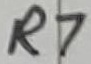
Text: R7